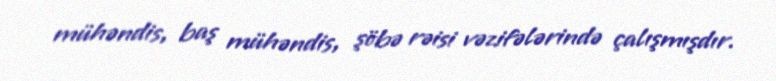
mühəndis, baş mühəndis, şöbə rəisi vəzifələrində çalışmışdır.